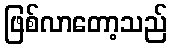
ဖြစ်လာတော့သည်